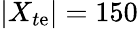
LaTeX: |X_{t\mathrm{e}}|=150